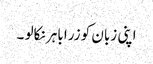
اپنی زبان کو زرا باہر نکالو ۔